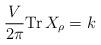
LaTeX: \begin{align*}\frac{V}{2\pi}{\rm Tr}\,X_\rho=k\end{align*}